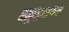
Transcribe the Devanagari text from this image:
स्क्रूड्राइवर